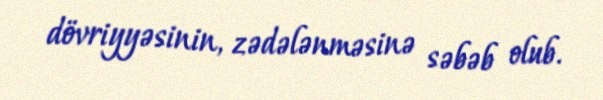
dövriyyəsinin, zədələnməsinə səbəb olub.